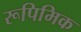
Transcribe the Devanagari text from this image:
रूपिमिक